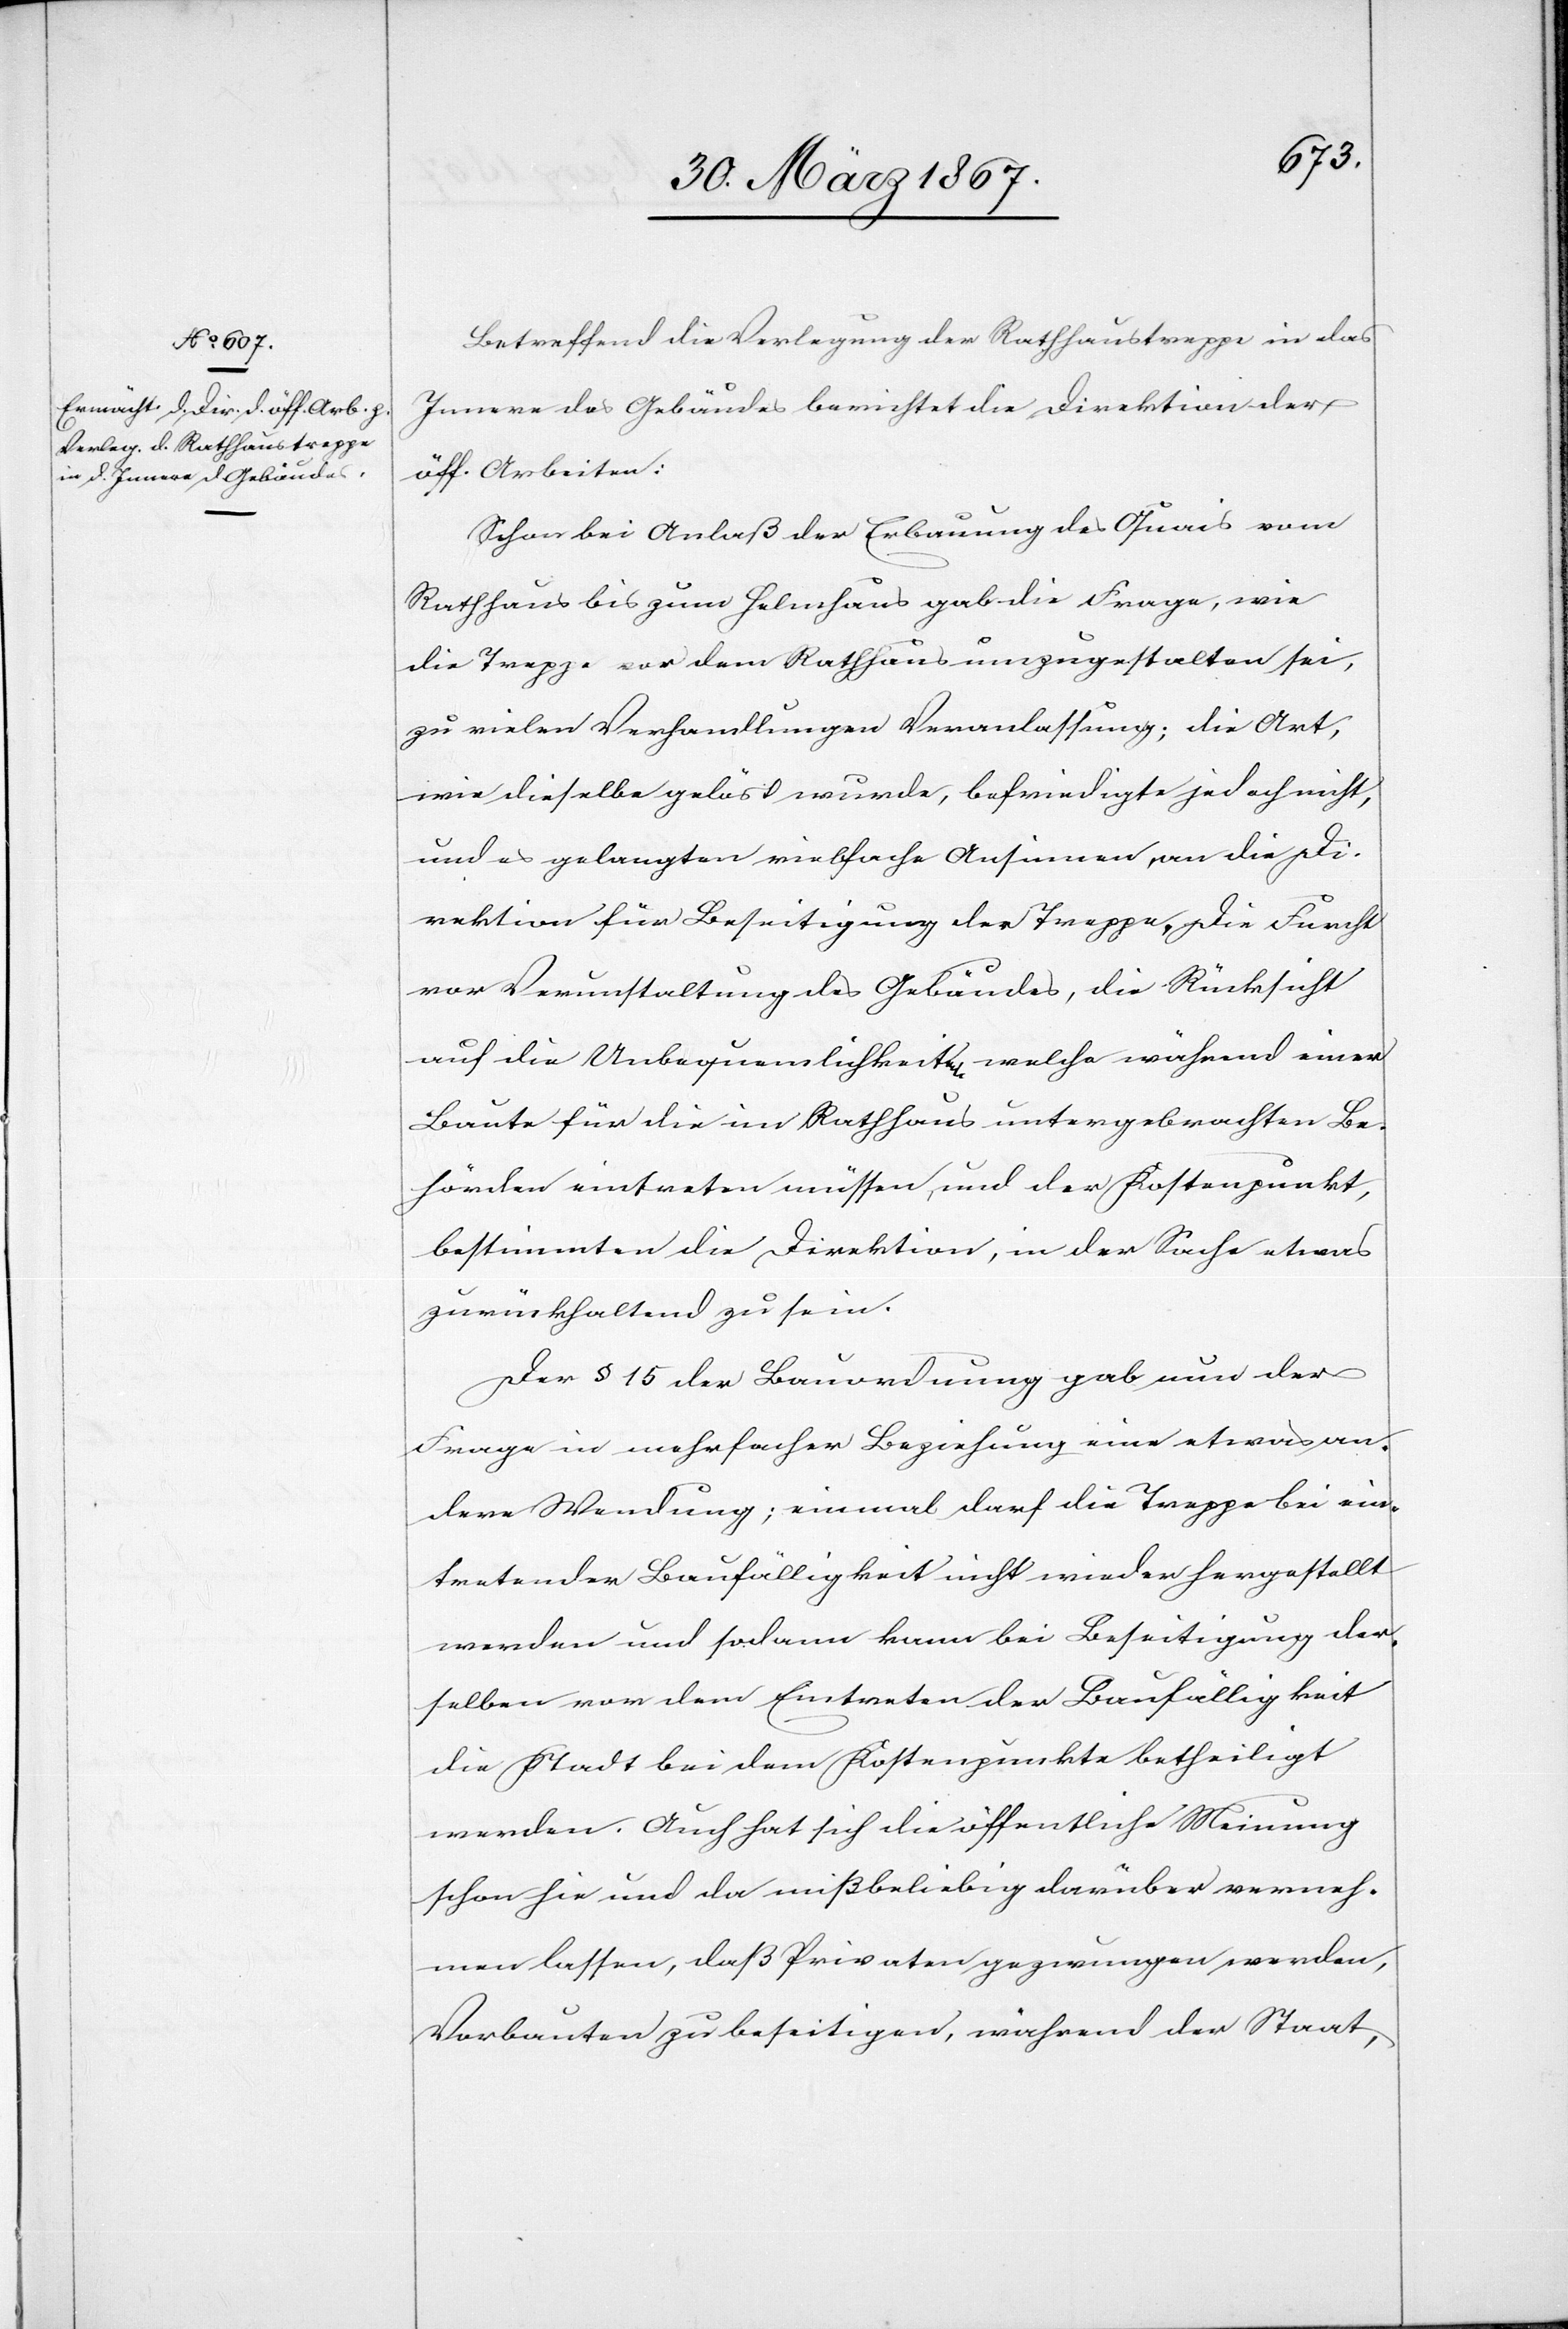
Betreffend die Verlegung der Rathhaustreppe in das
Innere des Gebäudes berichtet die Direktion der
öff. Arbeiten:
Schon bei Anlaß der Erbauung des Quais vom
Rathhaus bis zum Helmhaus gab die Frage, wie
die Treppe vor dem Rathhaus umzugestalten sei,
zu vielen Verhandlungen Veranlassung; die Art,
wie dieselbe gelöst wurde, befriedigte jedoch nicht,
und es gelangten vielfache Ansinnen an die Di¬
rektion für Beseitigung der Treppe. Die Furcht
vor Verunstaltung des Gebäudes, die Rücksicht
auf die Unbequemlichkeit welche während einer
Baute für die im Rathhaus untergebrachten Be¬
hörden eintreten müssen, und der Kostenpunkt,
bestimmten die Direktion, in der Sache etwas
zurückhaltend zu sein.
Der § 15 der Bauordnung gab nun der
Frage in mehrfacher Beziehung eine etwas an¬
dere Wendung; einmal darf die Treppe bei ein¬
tretender Baufälligkeit nicht wieder hergestellt
werden und sodann kann bei Beseitigung der¬
selben vor dem Eintreten der Baufälligkeit
die Stadt bei dem Kostenpunkte betheiligt
werden. Auch hat sich die öffentliche Meinung
schon hie und da mißbeliebig darüber verneh¬
men lassen, daß Privaten gezwungen werden,
Vorbauten zu beseitigen, während der Staat,